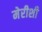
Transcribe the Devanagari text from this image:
मेरीशी